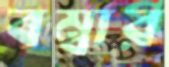
বম্বার